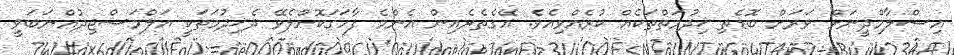
އިސްލާމްދީނަށް ވަރަށް ބޮޑެތި ޚިދުމަތްތަކެއް ކުރެއްވިއެވެ. އޭގެތެރެއިން އެންމެ ފާހަގަކޮށްލެވޭ ދެޚިދުމަތަކީ އަލްމަސްޖިދުއްނަބަވީ